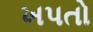
ખપતો